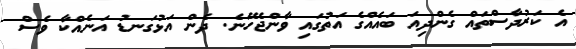
އެ ކަރުދާސްތައް ގެންދިއަ ބައެއްގެ އަތުގައި ވާންޖެހޭނެ. ދެން އަޅުގަނޑު އަނެއްކާ ވެސް